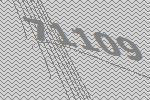
71109